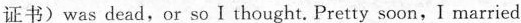
证书)was dead,or so Ithought. Pretty soon,I married